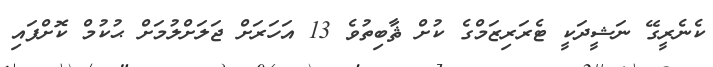
ކެނެރީގޭ ނަޝީދަކީ ޓެރަރިޒަމްގެ ކުށް ޘާބިތުވެ 13 އަހަރަށް ޖަލަށްލުމަށް ޙުކުމް ކޮށްފައި